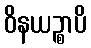
ဝိနယဉ္စာပိ